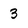
Character: 3